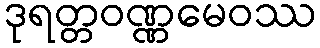
ဒုရတ္တဝဏ္ဏမေဝဿ